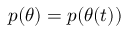
p ( \theta ) = p ( \theta ( t ) )